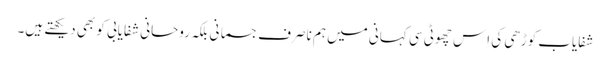
شفایاب کوڑھی کی اِس چھوٹی سی کہانی میں ہم ناصرف جسمانی بلکہ روحانی شفایابی کو بھی دیکھتے ہیں۔